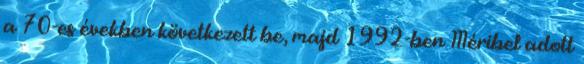
a 70-es években következett be, majd 1992-ben Méribel adott